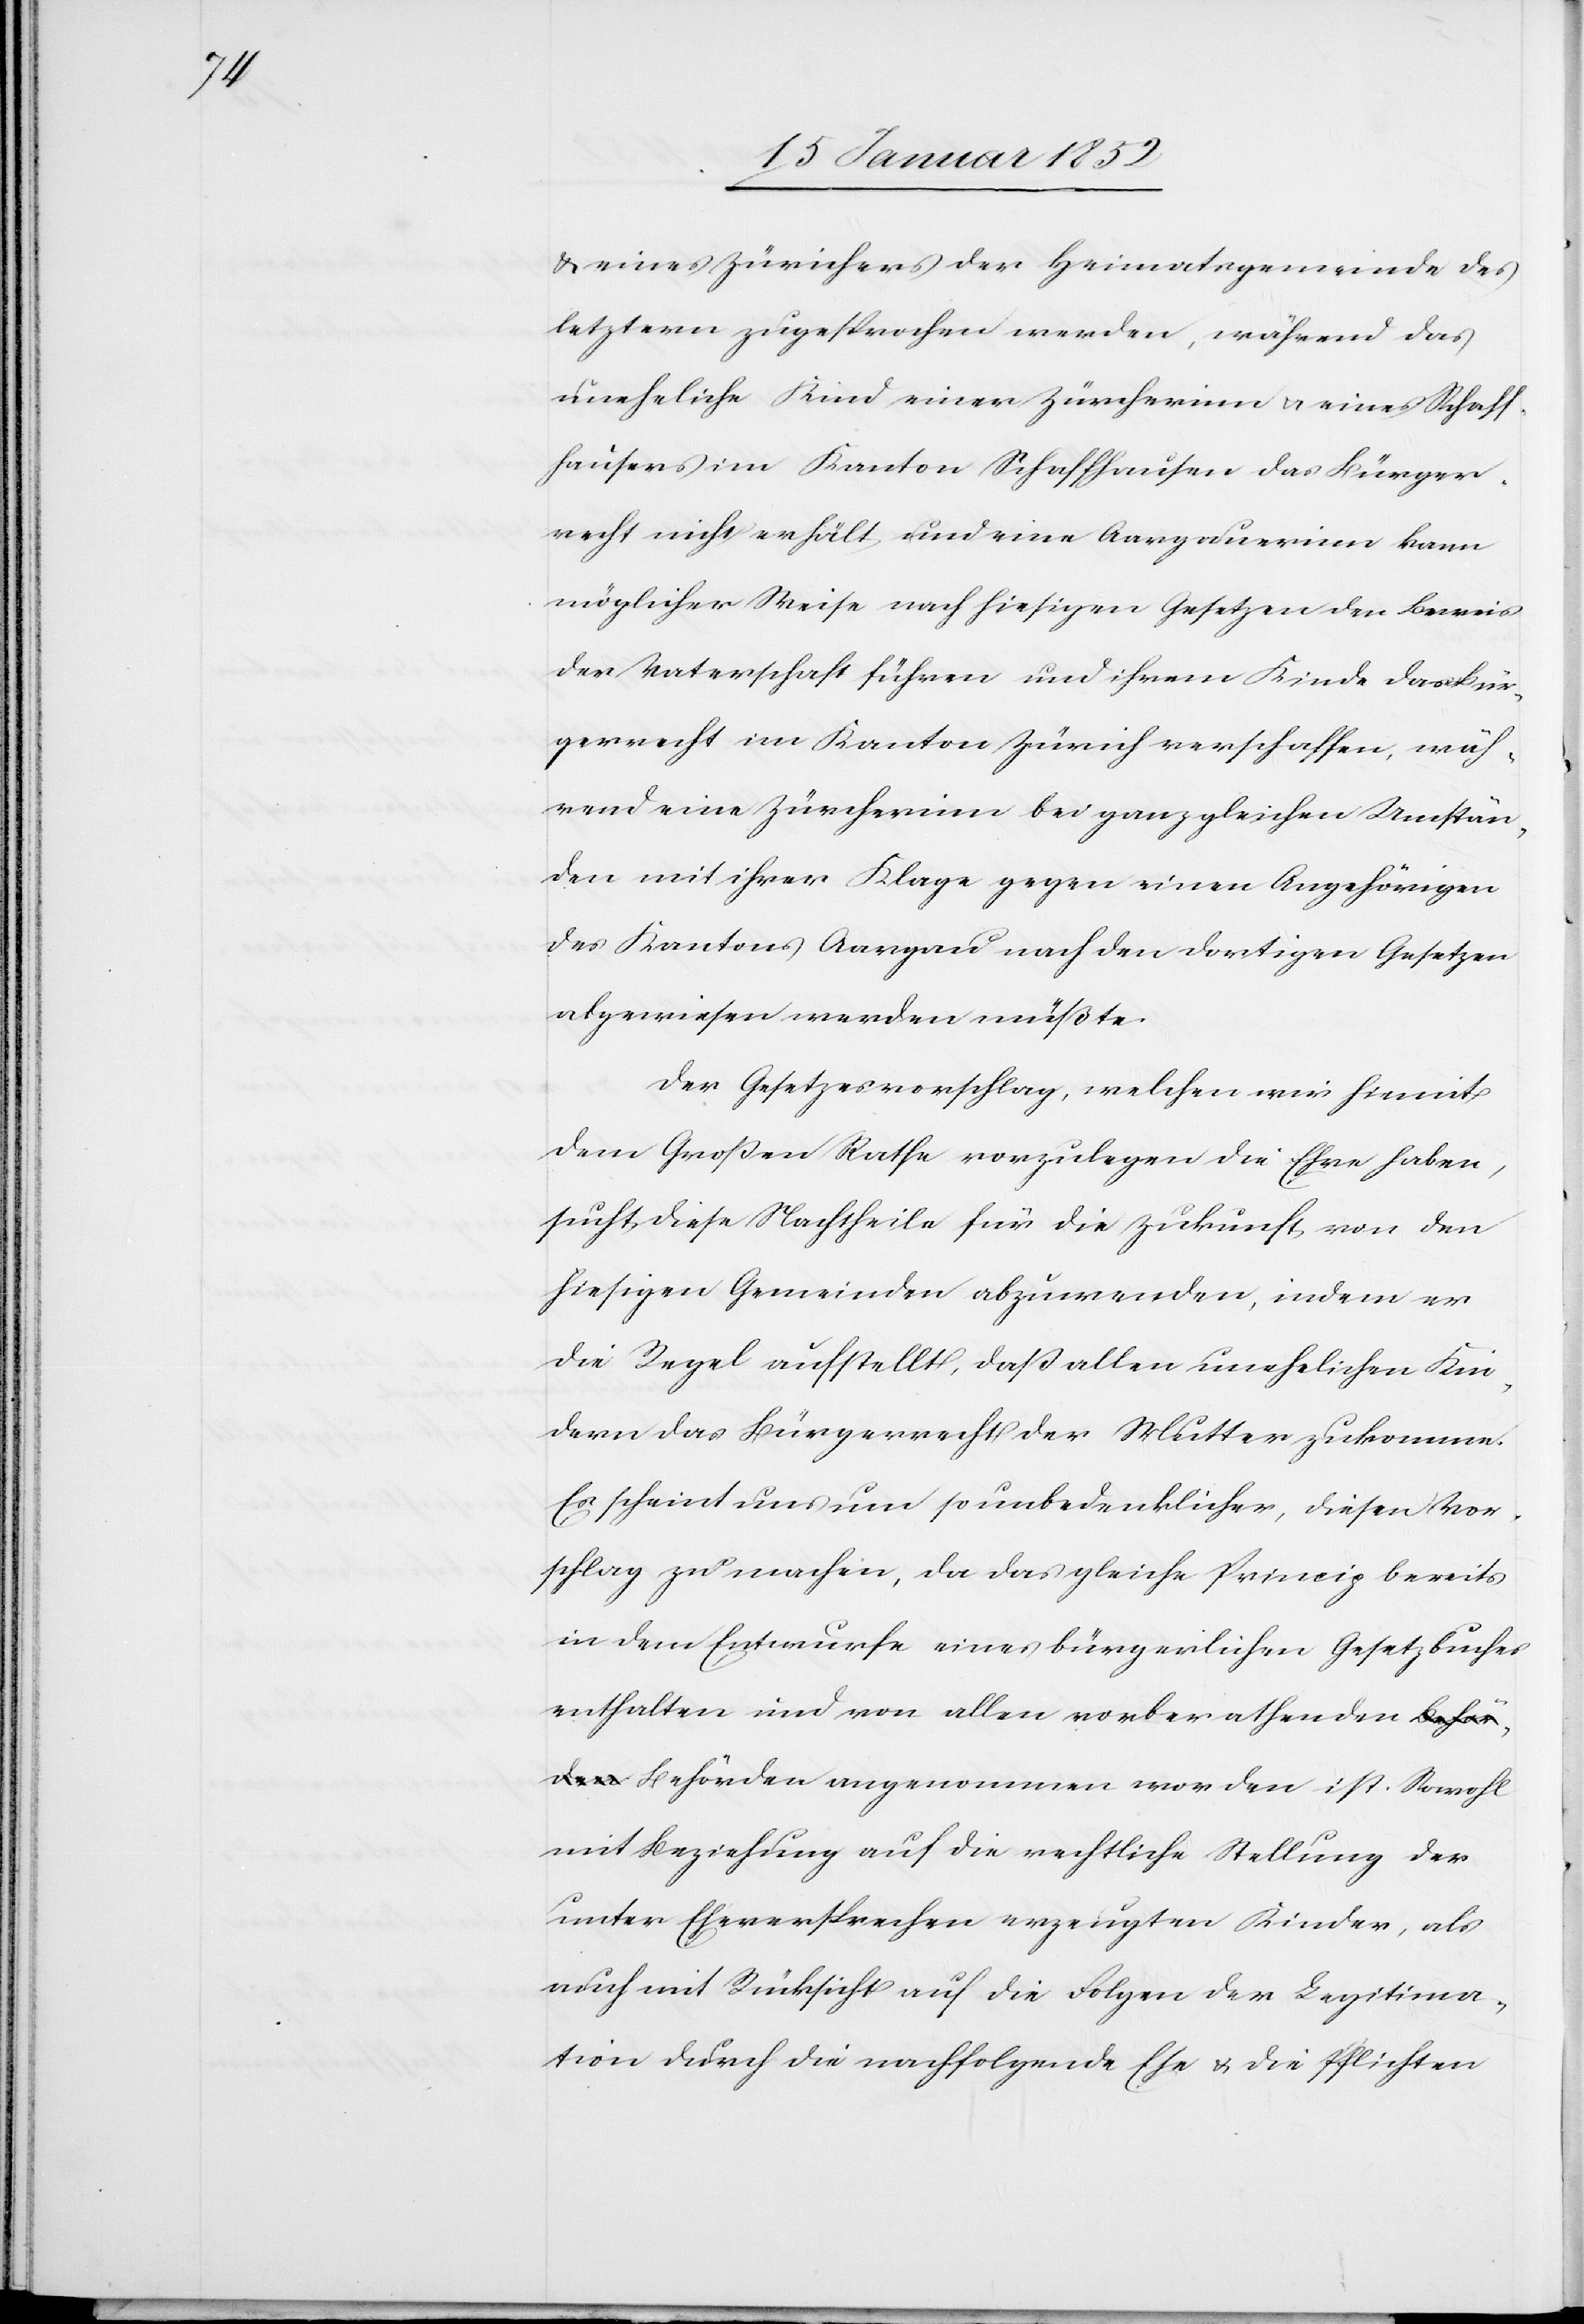
ist.

u. eines Zürichers der Heimatsgemeinde des
letztern zugesprochen werden, während das
uneheliche Kind einer Zürcherinn u. eines Schaff¬
hausers im Kanton Schaffhausen das Bürger¬
recht nicht erhält und eine Aargauerinn kann
möglicher Weise nach hiesigen Gesetzen den Beweis
der Vaterschaft führen und ihrem Kinde das Bür¬
gerrecht im Kanton Zürich verschaffen, wäh¬
rend eine Zürcherinn bei ganz gleichen Umstän¬
den mit ihrer Klage gegen einen Angehörigen
des Kantons Aargau nach den dortigen Gesetzen
abgewiesen werden müßte.
Der Gesetzesvorschlag, welchen wir hiemit
dem Großen Rathe vorzulegen die Ehre haben,
sucht diese Nachtheile für die Zukunft von den
hiesigen Gemeinden abzuwenden, indem er
die Regel aufstellt, daß allen unehelichen Kin¬
dern das Bürgerrecht der Mutter zukomme.
Es scheint uns um so unbedenklicher, diesen Vor¬
schlag zu machen, da das gleiche Princip bereits
in dem Entwurfe eines bürgerlichen Gesetzbuches
enthalten und von allen vorberathenden Behörden
mit Beziehung auf die rechtliche Stellung der
unter Eheversprechen erzeugten Kinder, als
auch mit Rücksicht auf die Folgen der Legitima¬
tion durch die nachfolgende Ehe u. die Pflichten